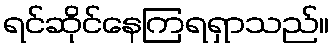
ရင်ဆိုင်နေကြရရှာသည်။